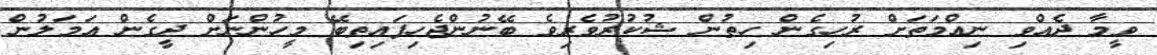
ވީމާ ދެއްވި ނިޢްމަތަށް ރުހިގެން ހިތުން ޝުކުރުވެރިވެ ބޭނުންޖެހިފައިތިބޭ މީހުންނަށް ދީގެން ޢަމަލުން